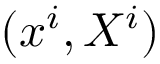
( x ^ { i } , X ^ { i } )